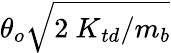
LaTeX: \theta_{o}\sqrt{2{\ K}_{td}/m_{b}}